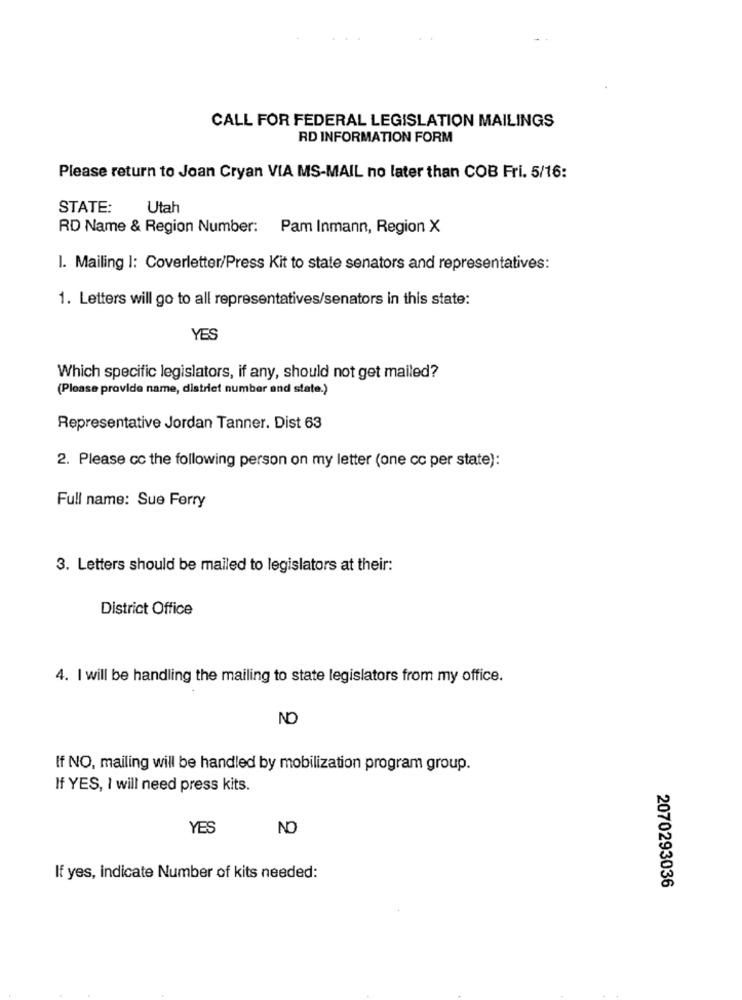
CALL FOR FEDERAL LEGISLATION MAILINGS
RD INFORMATION FORM
Please return to Joan Cryan VIA MS-MAIL no later than COB Fri. 5/16:
STATE:
Utah
RD Name & Region Number: Pam Inmann, Region X
I. Mailing |: Coverletter/Press Kit to state senators and representatives:
1. Letters will go to all representatives/senators in this state:
YES
Which specific legislators, if any, should not get mailed?
(Please provide name, distriet number and state.)
Representative Jordan Tanner. Dist 63
2. Please cc the following person on my letter (one cc per state):
Full name: Sue Ferry
3. Letters should be mailed to legislators at their:
District Office
4. I will be handling the mailing to state legislators from my office.
NO
If NO, mailing will be handled by mobilization program group.
If YES, I will need press kits.
YES
NO
If yes, indicate Number of kits needed:
2070293036